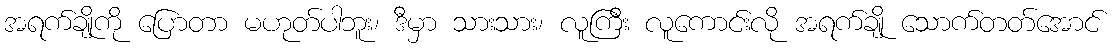
အရက်ချိုကို ပြောတာ မဟုတ်ပါဘူး၊ ဒီမှာ သားသား၊ လူကြီး လူကောင်းလို အရက်ချို သောက်တတ်အောင်